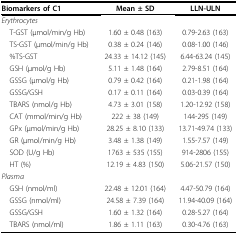
| Biomarkers of C1 | Mean ± SD | LLN-ULN |
 | --- | --- | --- |
 | Erythrocytes |  |  |
 | T-GST (μmol/min/g Hb) | 1.60 ± 0.48 (163) | 0.79-2.63 (163) |
 | TS-GST (μmol/min/g Hb) | 0.38 ± 0.24 (146) | 0.08-1.00 (146) |
 | %TS-GST | 24.33 ± 14.12 (145) | 6.44-63.24 (145) |
 | GSH (μmol/g Hb) | 5.11 ± 1.48 (164) | 2.79-8.51 (164) |
 | GSSG (μmol/g Hb) | 0.79 ± 0.42 (164) | 0.21-1.98 (164) |
 | GSSG/GSH | 0.17 ± 0.11 (164) | 0.03-0.39 (164) |
 | TBARS (nmol/g Hb) | 4.73 ± 3.01 (158) | 1.20-12.92 (158) |
 | CAT (mmol/min/g Hb) | 222 ± 38 (149) | 144-295 (149) |
 | GPx (μmol/min/g Hb) | 28.25 ± 8.10 (133) | 13.71-49.74 (133) |
 | GR (μmol/min/g Hb) | 3.48 ± 1.38 (149) | 1.55-7.57 (149) |
 | SOD (U/g Hb) | 1763 ± 535 (155) | 914-2806 (155) |
 | HT (%) | 12.19 ± 4.83 (150) | 5.06-21.57 (150) |
 | Plasma |  |  |
 | GSH (nmol/ml) | 22.48 ± 12.01 (164) | 4.47-50.79 (164) |
 | GSSG (nmol/ml) | 24.58 ± 7.39 (164) | 11.94-40.09 (164) |
 | GSSG/GSH | 1.60 ± 1.32 (164) | 0.28-5.27 (164) |
 | TBARS (nmol/ml) | 1.86 ± 1.11 (163) | 0.30-4.76 (163) |